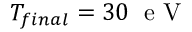
T _ { f i n a l } = 3 0 \; \mathrm { ~ e ~ V ~ }